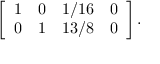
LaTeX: \left[ { \begin{array} { c c c c } { 1 } & { 0 } & { 1 / 1 6 } & { 0 } \\ { 0 } & { 1 } & { 1 3 / 8 } & { 0 } \end{array} } \right] .